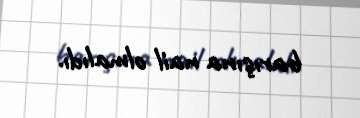
barışına nail olmalıdı.